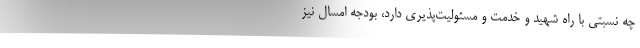
چه نسبتی با راه شهید و خدمت و مسئولیت‌پذیری دارد، بودجه امسال نیز